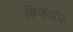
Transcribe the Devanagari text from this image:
ब्रिजवॉन